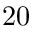
2 0